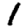
Digit: 1